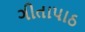
ગીતાપાઠ